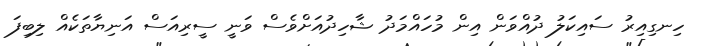
ހިނގިއިރު ސައިކަލު ދުއްވަން އިން މުހައްމަދު ޝާހިދުއަށްވެސް ވަނީ ސީރިއަސް އަނިޔާތަކެއް ލިބިފަ